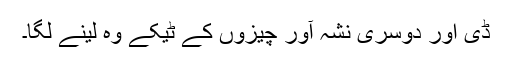
ڈی اور دُوسری نشہ آور چیزوں کے ٹیکے وہ لینے لگا۔